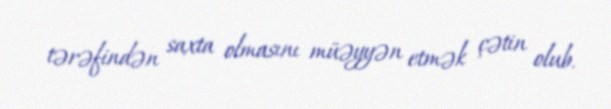
tərəfindən saxta olmasını müəyyən etmək çətin olub.